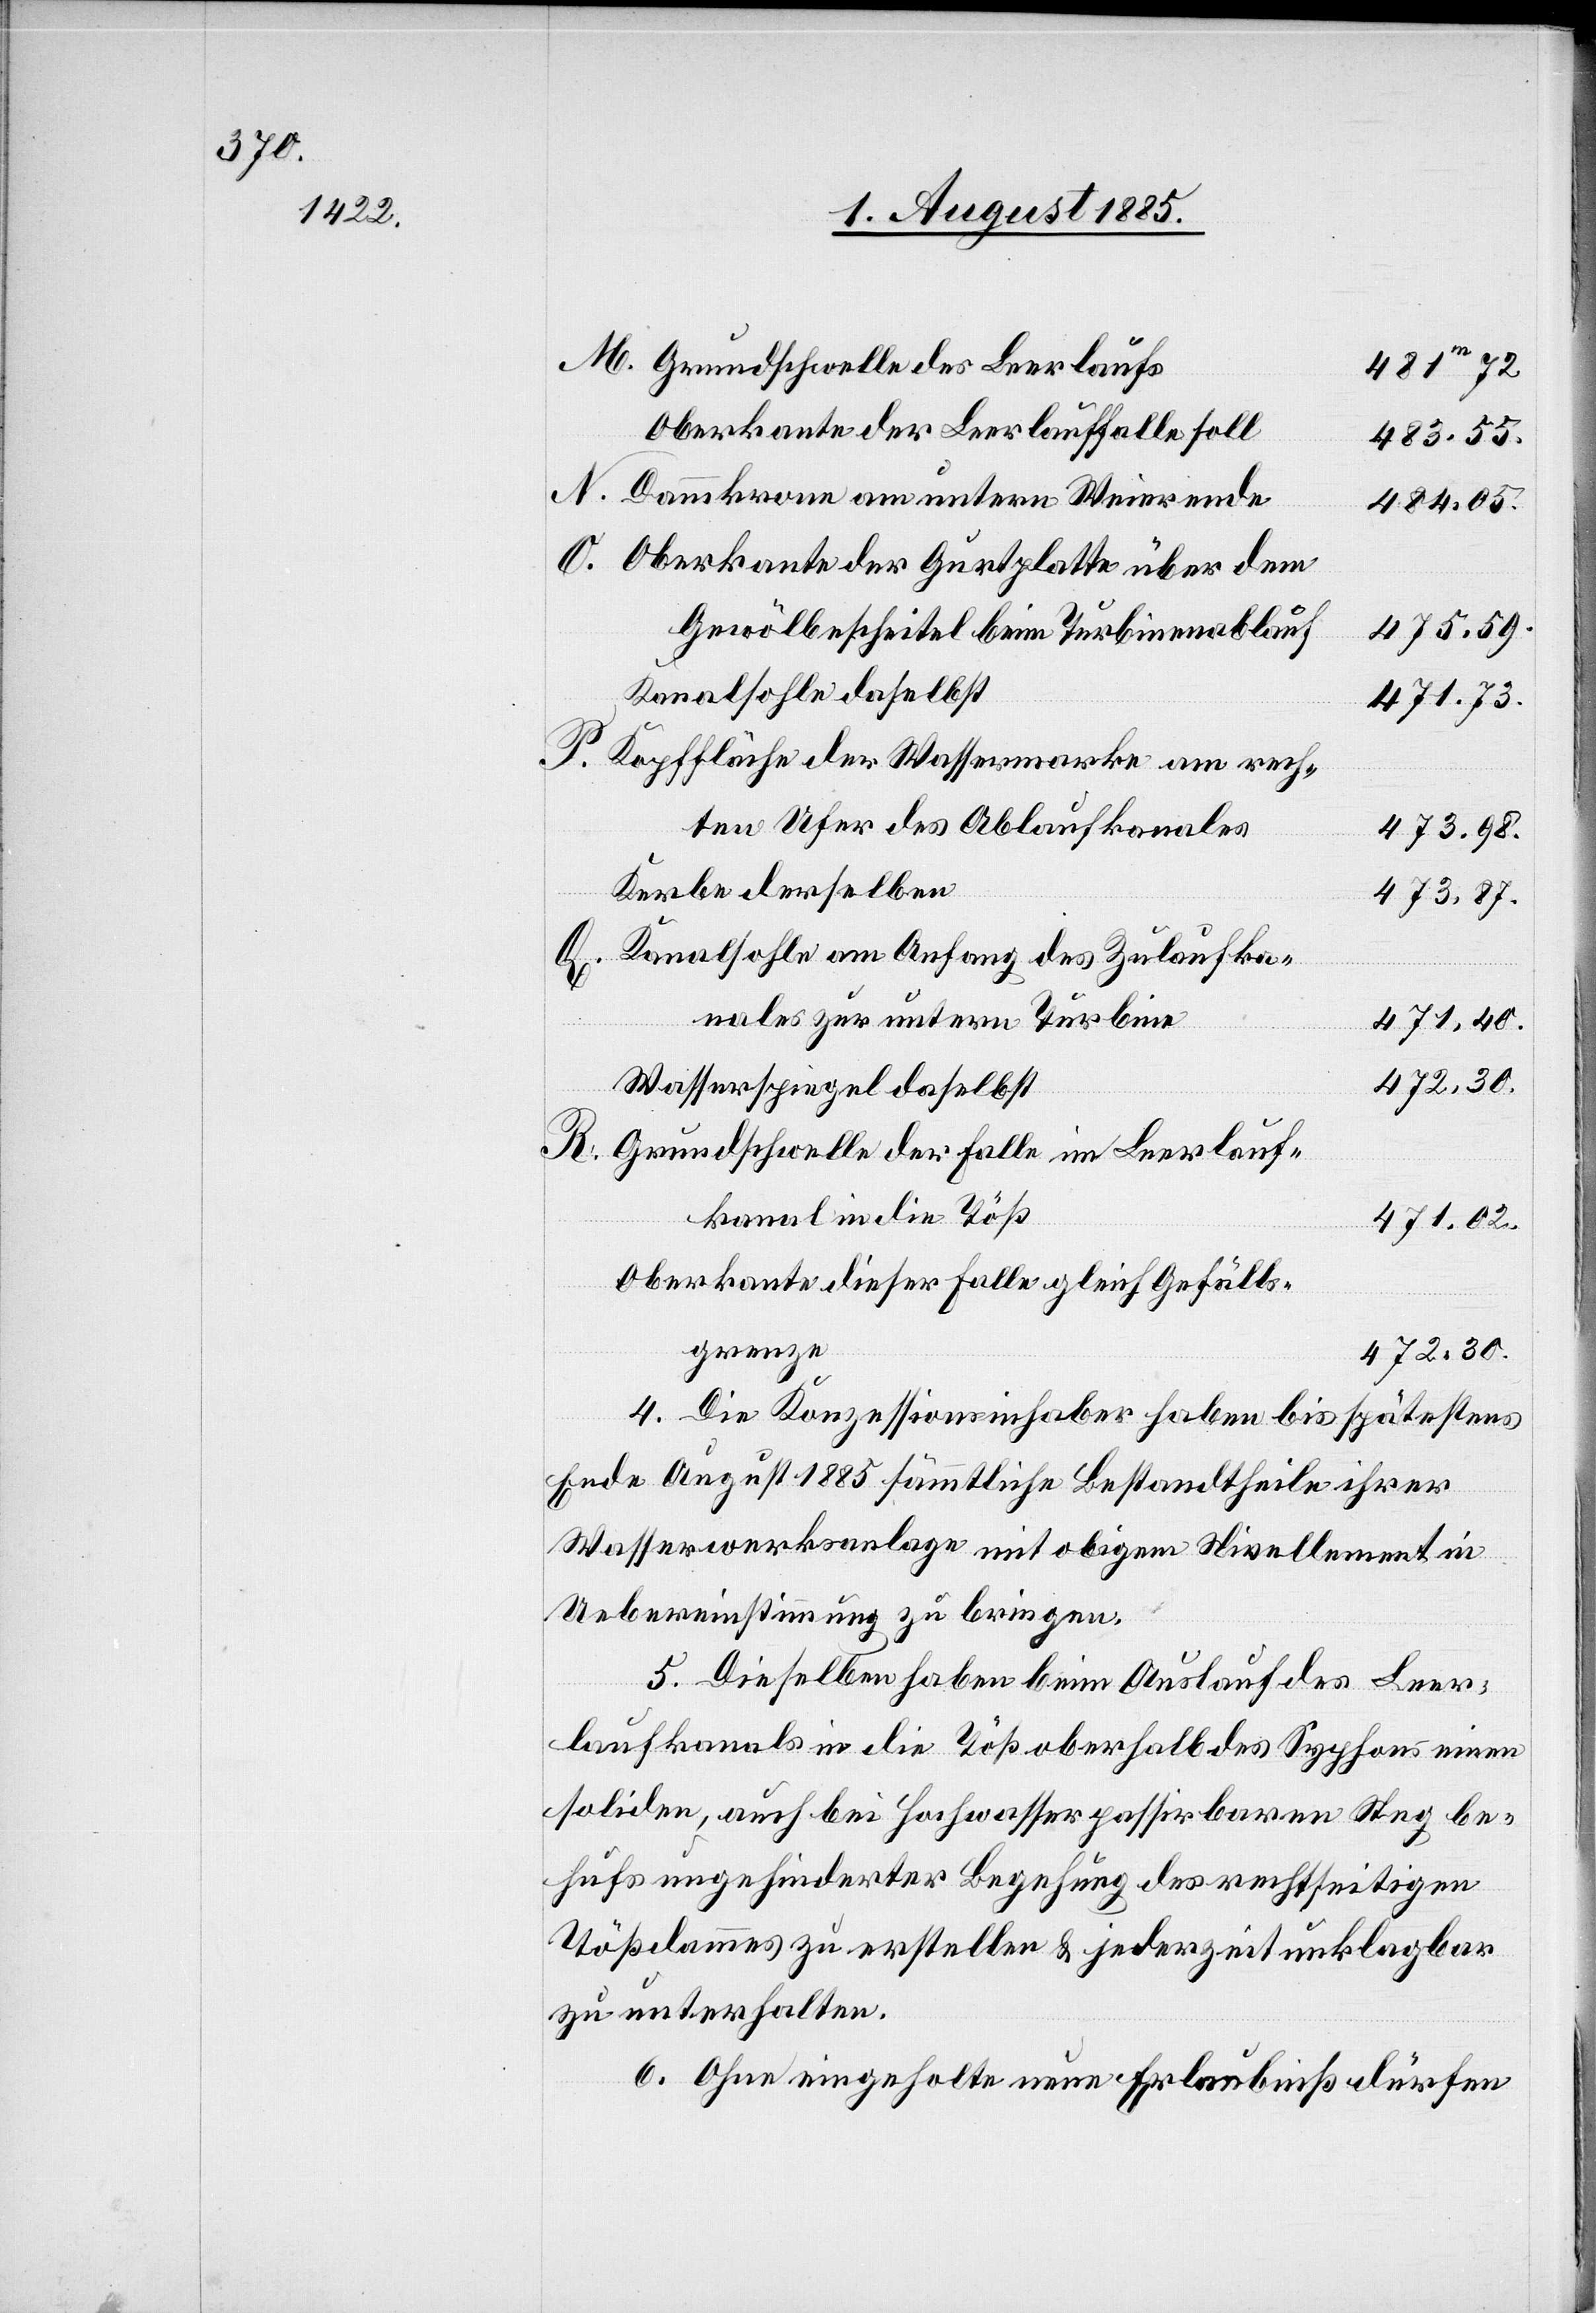
Grundschwelle des Leerlaufs
481m72.
Oberkante der Leerlauffalle soll
483.55.
Dammkrone am untern Weierende
484.05.
Oberkante der Gurtplatte über dem
Gewölbescheitel beim Turbinenablauf
475.59.
Kanalsohle daselbst
471.73.
Kopffläche der Wassermarke am rech¬
ten Ufer des Ablaufkanales
473.98.
Kerbe derselben
473.87.
Kanalsohle am Anfang des Zulaufka¬
nales zur untern Turbine
471.40.
Wasserspiegel daselbst
Grundschwelle der Falle im Leerlauf¬
kanal in die Töß
471.02.
Oberkante dieser Falle gleich Gefälls¬
grenze
472.30.
4. Die Konzessionsinhaber haben bis spätestens
Ende August 1885 sämmtliche Bestandtheile ihrer
Wasserwerksanlage mit obigem Nivellement in
Uebereinstimmung zu bringen.
5. Dieselben haben beim Auslauf des Leer¬
laufkanals in die Töß oberhalb des Syphons einen
soliden, auch bei Hochwasser passirbaren Steg be¬
hufs ungehinderter Begehung des rechtseitigen
Tößdammes zu erstellen & jederzeit unklagbar
zu unterhalten.
6. Ohne eingeholte neue Erlaubniß dürfen